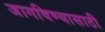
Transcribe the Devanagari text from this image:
जागविण्यासाठी